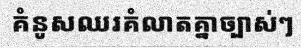
គំនូសឈរគំលាតគ្នាច្បាស់ៗ